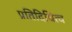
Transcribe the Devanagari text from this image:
प्रतिदिधित्व